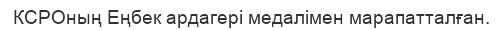
КСРОның Еңбек ардагері медалімен марапатталған.